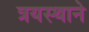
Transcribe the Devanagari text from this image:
त्रयस्थाने